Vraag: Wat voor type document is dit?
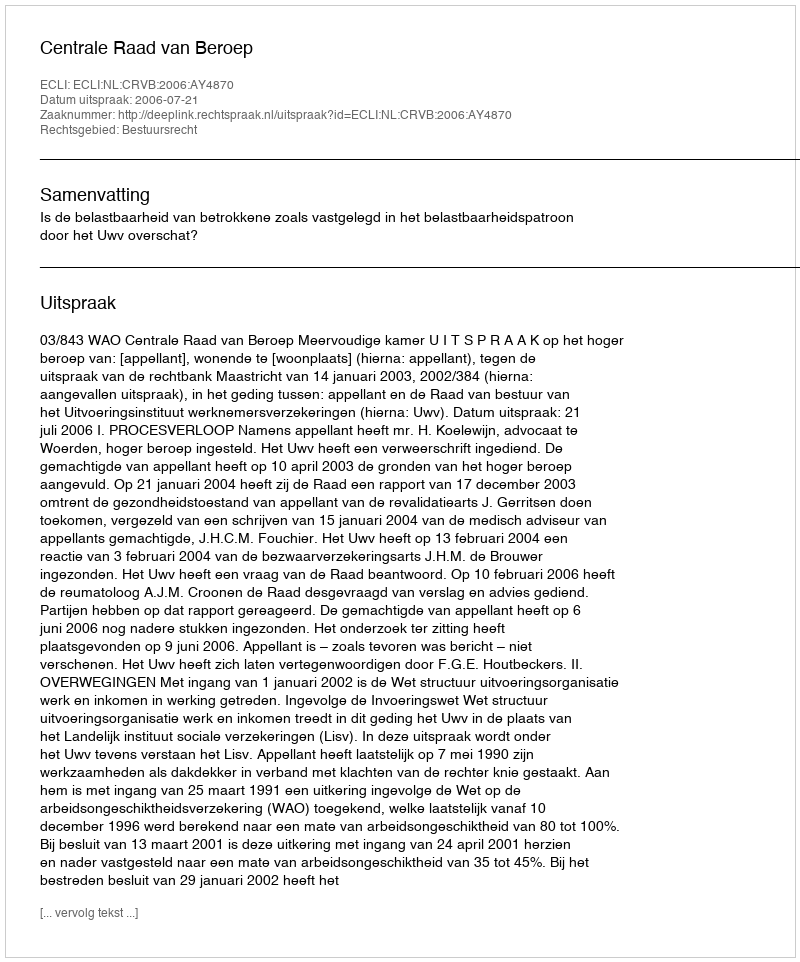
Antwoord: Uitspraak